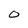
Character: 0